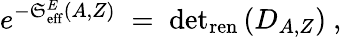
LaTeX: e^{-\mathfrak{S}_{\mathrm{{eff}}}^{E}(A,Z)}\; =\; \mathrm{{det}}_{\mathrm{{ren}}}\left(D_{A,Z}\right)~,